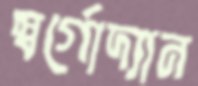
স্বর্গোদ্যান